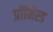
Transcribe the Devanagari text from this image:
प्रॉमिस्ड